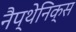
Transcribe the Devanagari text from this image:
नैप्थेनिक्स